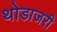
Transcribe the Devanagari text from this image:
थोडाजरी